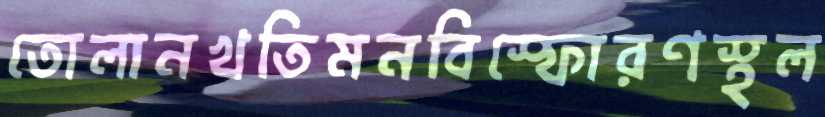
তোলানখতিমনবিস্ফোরণস্থল